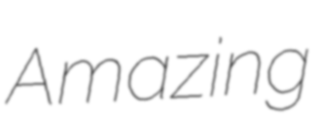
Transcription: Amazing